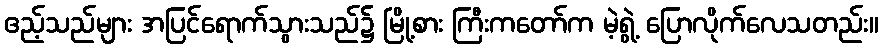
ဧည့်သည်များ အပြင်ရောက်သွားသည်၌ မြို့စား ကြီးကတော်က မဲ့ရွဲ့ ပြောလိုက်လေသတည်း။